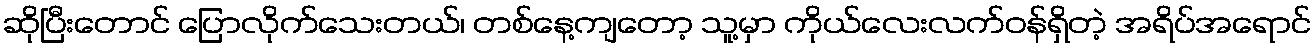
ဆိုပြီးတောင် ပြောလိုက်သေးတယ်၊ တစ်နေ့ကျတော့ သူ့မှာ ကိုယ်လေးလက်ဝန်ရှိတဲ့ အရိပ်အရောင်